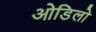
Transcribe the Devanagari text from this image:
ओडिलो